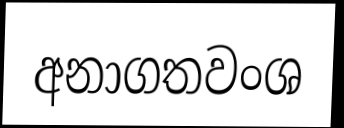
අනාගතවංශ